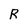
Character: R